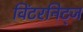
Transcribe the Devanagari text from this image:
विंटरनिट्ज